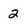
Character: 2